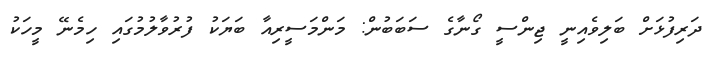
ދަރިފުޅަށް ބަލިވެއިނީ ޖިންސީ ގޯނާގެ ސަބަބުން: މަންމަސީރިއާ ބަޔަކު ފުރުވާލުމުގައި ހިމެނޭ މީހަކު